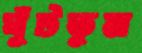
ঘুঁটতুম